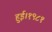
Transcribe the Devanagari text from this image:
हुई।१९८१